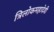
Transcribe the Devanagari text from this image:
त्रिलोकमहादेवी